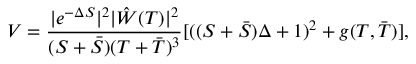
V = \frac { | e ^ { - \Delta S } | ^ { 2 } | \hat { W } ( T ) | ^ { 2 } } { ( S + \bar { S } ) ( T + \bar { T } ) ^ { 3 } } [ ( ( S + \bar { S } ) \Delta + 1 ) ^ { 2 } + g ( T , \bar { T } ) ] ,